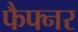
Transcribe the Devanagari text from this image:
फैफ्नर